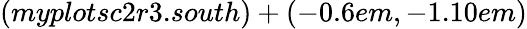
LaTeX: (myplotsc2r3.south)+(-0.6em,-1.10em)